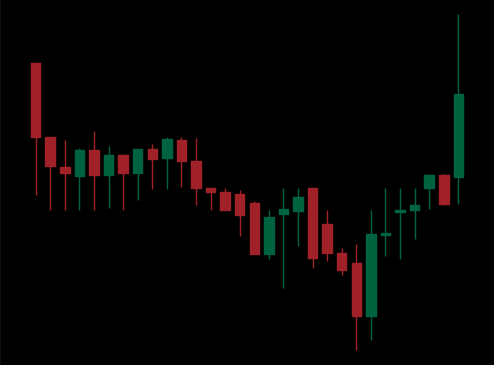
Pattern: unclassified